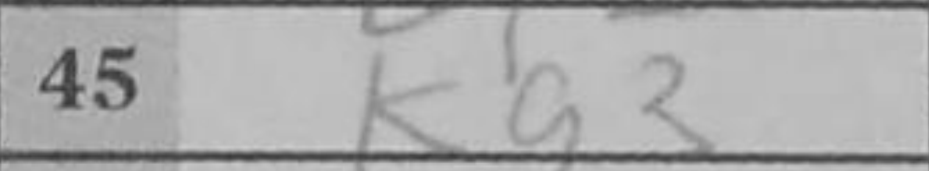
Transcription: Kg3